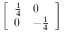
\left[ \begin{array} { l l } { { \frac { 1 } { 4 } } } & { 0 } \\ { 0 } & { - { \frac { 1 } { 4 } } } \end{array} \right]